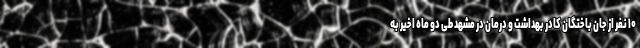
۱۰ نفر از جان باختگان کادر بهداشت و درمان در مشهد طی دو ماه اخیر به